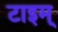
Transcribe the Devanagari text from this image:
टाइम्